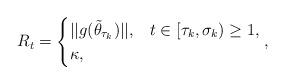
LaTeX: \begin{align*}R_t=\begin{cases} ||g(\tilde\theta_{\tau_k})||, & t\in[\tau_k,\sigma_k) \geq 1, \\\kappa, & \end{cases},\end{align*}